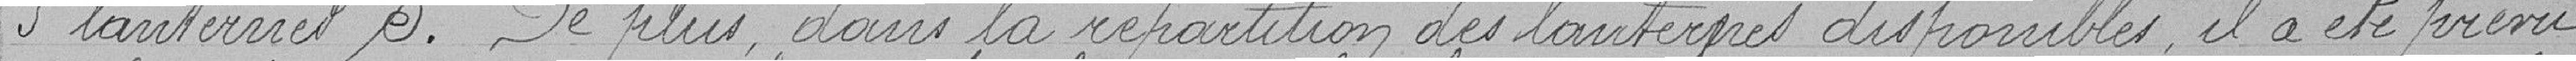
5 lanternes S. De plus, dans la répartition des lanternes disponibles, il a été prévu